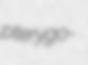
pterygo-